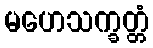
မဟေသက္ခတ္တံ